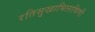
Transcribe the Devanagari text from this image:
रतिसुखाभिलाषिणी